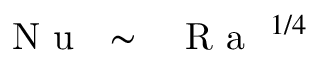
\mathrm { ~ \textit ~ { ~ N ~ u ~ } ~ } \sim \mathrm { ~ \textit ~ { ~ R ~ a ~ } ~ } ^ { 1 / 4 }